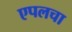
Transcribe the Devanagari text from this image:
एपलचा